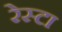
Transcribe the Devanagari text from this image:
रेस्टा